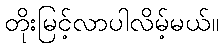
တိုးမြင့်လာပါလိမ့်မယ်။